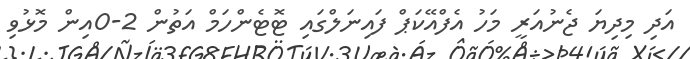
އަދި މިދިޔަ ޖެނުއަރީ މަހު އެފްއޭކަޕް ފައިނަލްގައި ޓޮޓެންހަމް އަތުން 2-0އިން މޮޅުވި